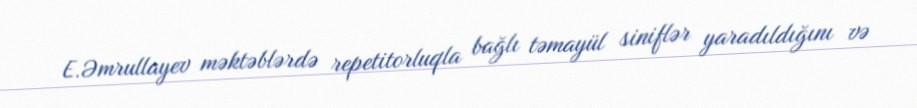
E.Əmrullayev məktəblərdə repetitorluqla bağlı təmayül siniflər yaradıldığını və